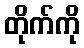
တိုက်ကို